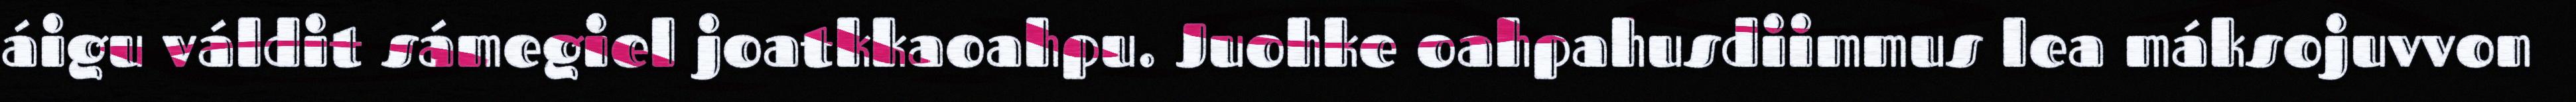
áigu váldit sámegiel joatkkaoahpu. Juohke oahpahusdiimmus lea máksojuvvon